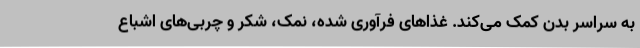
به سراسر بدن کمک می‌کند. غذاهای فرآوری شده، نمک، شکر و چربی‌های اشباع